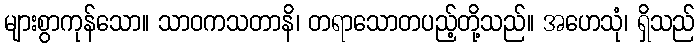
များစွာကုန်သော။ သာဝကသတာနိ၊ တရာသောတပည့်တို့သည်။ အဟေသုံ၊ ရှိသည်